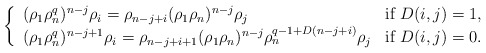
\begin{align*} \left\{ \begin{array}{ll}(\rho_1\rho_n^q)^{n-j} \rho_i=\rho_{n-j+i} (\rho_1\rho_n)^{n-j} \rho_j & \mbox{if~} D(i,j)=1,\\ (\rho_1\rho_n^q)^{n-j+1} \rho_i=\rho_{n-j+i+1} (\rho_1\rho_n)^{n-j} \rho_n^{q-1+D(n-j+i)} \rho_j & \mbox{if~} D(i,j)=0.\\\end{array}\right.\end{align*}